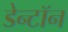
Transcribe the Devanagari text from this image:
डेन्टॉन